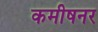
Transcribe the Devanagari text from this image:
कमीषनर